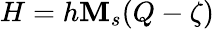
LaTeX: H=h\mathbf{M}_{s}(Q-\zeta)